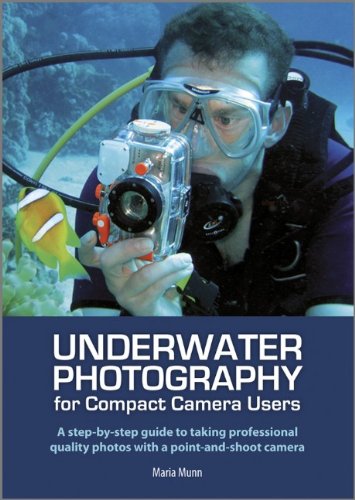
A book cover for Underwater Photography for Compact Camera Users: A step-by-step Guide to Taking Professional Quality Photos with a Point-and-shoot Camera; Maria Munn; Arts & Photography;